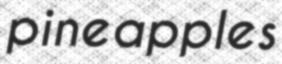
pineapples